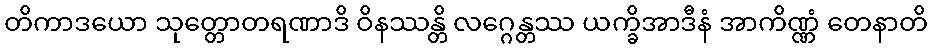
တိကာဒယော သုတ္တောတရဏာဒိ ဝိနဿန္တိ လဂ္ဂေန္တဿ ယက္ခိအာဒီနံ အာကိဏ္ဏံ တေနာတိ